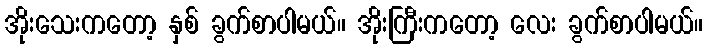
အိုးသေးကတော့ နှစ် ခွက်စာပါမယ်။ အိုးကြီးကတော့ လေး ခွက်စာပါမယ်။